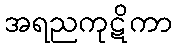
အရညကုဋိကာ